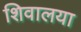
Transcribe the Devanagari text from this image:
शिवालया